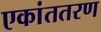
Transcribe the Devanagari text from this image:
एकांततरण